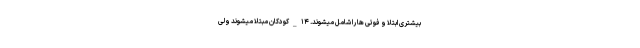
بیشتری ابتلا و فوتی ها را شامل میشوند. ۱۴_کودکان مبتلا میشوند ولی